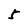
Character: 5